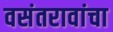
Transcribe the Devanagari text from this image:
वसंतरावांचा